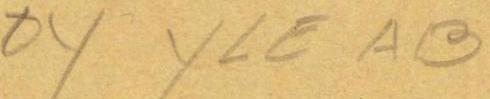
OY YLE AB